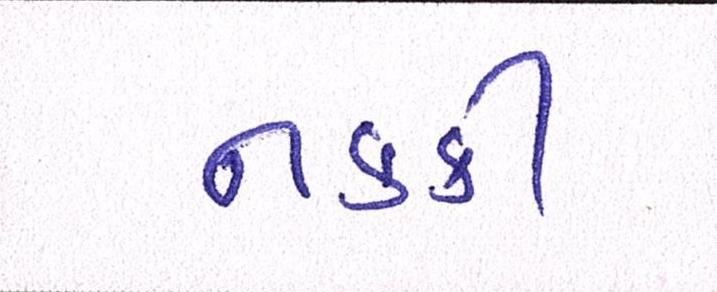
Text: નક્કી